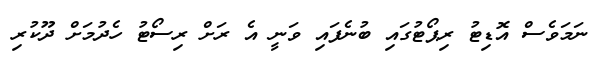
ނަމަވެސް އޮޑިޓު ރިޕޯޓުގައި ބުނެފައި ވަނީ އެ ރަށް ރިސޯޓު ހެދުމަށް ދޫކުރި